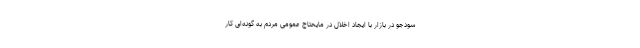
سودجو در بازار با ایجاد اخلال در مایحتاج عمومی مردم به گونه‌ای کار